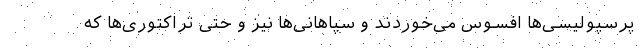
پرسپولیسی‌ها افسوس می‌خوردند و سپاهانی‌ها نیز و حتی تراکتوری‌ها که